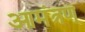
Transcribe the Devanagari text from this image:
आमंत्रण्